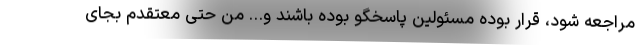
مراجعه شود، قرار بوده مسئولین پاسخگو بوده باشند و… من حتی معتقدم بجای